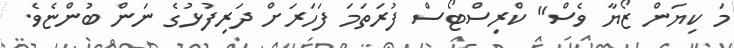
މަ ކިޔަން ޒޯޔާ ވެސް" ކްރިސްޓޯސް ފުރަތަމަ ފަހަރަށް ދަރިފުޅުގެ ނަން ބުންޏެވެ.